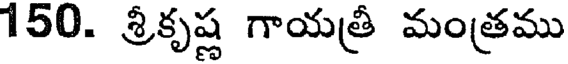
150. శ్రీకృష్ణ గాయత్రీ మంత్రము